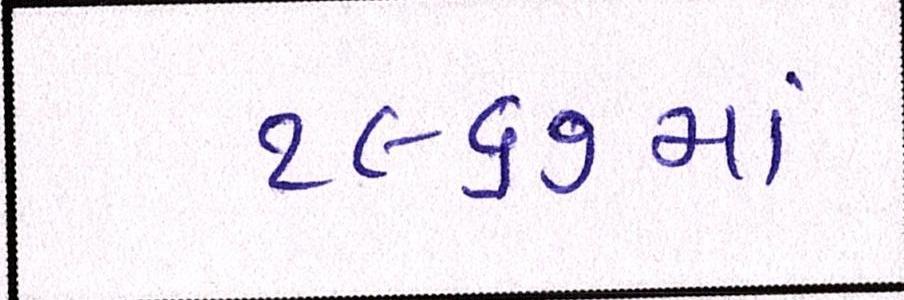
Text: ૧૯૬૭માં